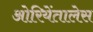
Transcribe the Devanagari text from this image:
ओरियेंतालेस